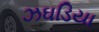
ઝઘડિયા